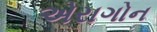
એરાગોન